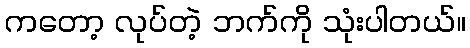
ကတော့ လုပ်တဲ့ ဘက်ကို သုံးပါတယ်။